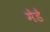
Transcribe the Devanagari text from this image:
मेडे